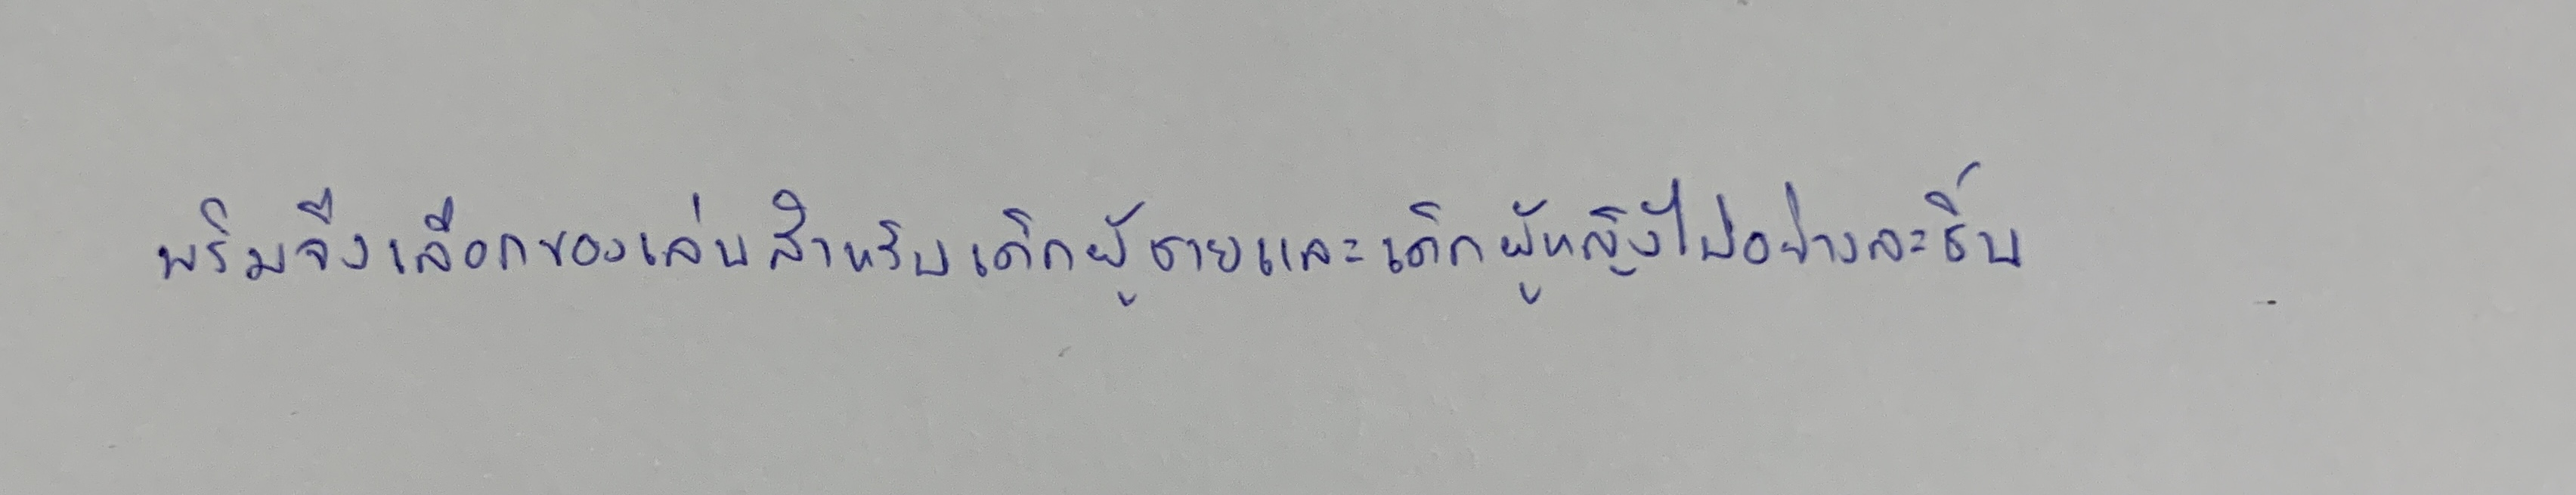
พริมจึงเลือกของเล่นสำหรับเด็กผู้ชายและเด็กผู้หญิงไปอย่างละชิ้น